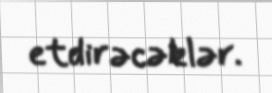
etdirəcəklər.